Annual administration report of the Civil Veterinary Department of India - 1903-1904
Year: 1903
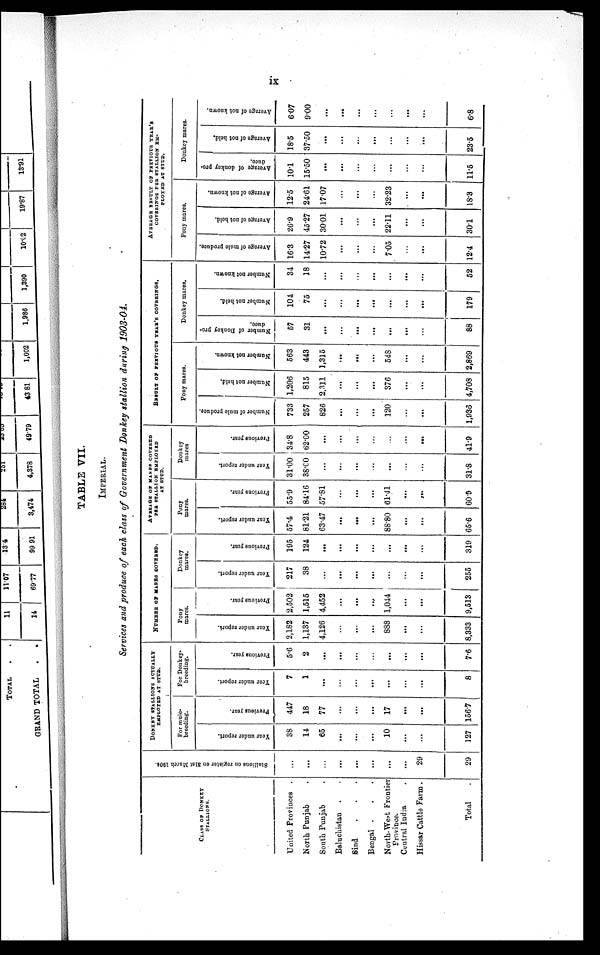
ix
TABLE VII.
IMPERIAL.
Services and produce of each class of Government Donkey stallion during 1903-04.
CLASS OF DONKEY
STALLIONS.
United Provinces .
North Punjab .
South Punjab .
Baluchistan . .
Sind . . .
Bengal . . .
North-West Frontier
Province.
Central India .
Hissar Cattle Farm .
Total .
Stallions on register on 31st March 1801.
...
...
...
...
...
...
...
...
29
29
DONKEY STALLIONS ACTUALLY
EMPLOYED AT STUD.
For mule-
breeding.
Year under report.
38
14
65
...
...
...
10
...
...
127
Previous year.
447
18
77
...
...
...
17
...
...
156.7
For Donkey-
breeding.
Year under report.
7
1
...
...
...
...
...
...
...
8
Previous year.
5.6
2
...
...
...
...
...
...
...
7.6
NUMBER OF MARES COVERED.
Pony
mares.
Year
under report.
2,182
1,137
4,126
...
...
...
888
...
...
8,333
Previous year.
2,502
1,515
4.452
...
...
...
1,044
...
...
9,513
Donkey
mares.
Year
under report.
217
38
...
...
...
...
...
...
...
255
Provious year.
195
124
...
...
...
...
...
...
...
319
AVERAGE OF MARES COVERED
PER STALLION EMPLOYED
AT STUD.
Pony
mares.
Year under report.
57.4
81.21
63.47
...
...
...
88.80
...
...
65.6
Previous year.
55.9
84.16
57.81
...
...
...
61.41
...
...
60 9
Donkey
mares
Year under report.
31.00
38.00
...
...
...
...
...
...
...
...
31.8
Previous year.
34.8
62.00
...
...
...
...
...
...
...
41.9
RESULT OF PREVIOUS YEAR'S COVERING.
Pony mares.
Number of mule produce.
733
257
826
...
...
...
120
...
...
1,936
Number not held.
1,206
815
2,311
...
...
...
376
...
...
4,708
Number not known.
563
443
1,315
...
...
...
548
...
...
2,869
Donkey mares.
Number of Donkey pro-
duce.
57
31
...
...
...
...
...
...
...
88
Number not held.
101
75
...
...
...
...
...
...
...
179
Number
not known.
34
18
...
...
...
...
...
...
...
52
AVERAGE RESULT OF PREVIOUS YEAR,S
COVBRINGS PER STALLION EM-
PLOYED AT STUD.
Pony mares.
Average of mule produce.
16.3
14.27
10.72
...
...
...
705
...
...
12-4
Average
of not held.
26.9
45.27
30.01
...
...
...
22.11
...
...
301
Average
of not known.
12.5
24.61
1707
...
...
...
32.23
...
...
18.3
Donkey mares.
Average
of donkoy pro-
duce
10.1
15.50
...
...
...
...
...
...
...
11.5
Average
of not held.
18.5
37.50
...
...
...
...
...
...
...
23.5
Average of not known.
6.07
9.00
...
...
...
...
...
...
...
6.8